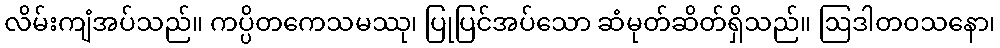
လိမ်းကျံအပ်သည်။ ကပ္ပိတကေသမဿု၊ ပြုပြင်အပ်သော ဆံမုတ်ဆိတ်ရှိသည်။ ဩဒါတဝသနော၊